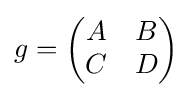
g={\begin{pmatrix}A&B\\C&D\end{pmatrix}}